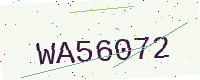
Text: WA56072